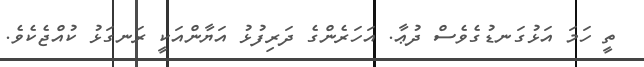
ތީ ހަމަ އަޅުގަނޑުގެވެސް ދުޢާ. އަހަރެންގެ ދަރިފުޅު އަޔާންއަކީ ރަނގަޅު ކުއްޖެކެވެ.